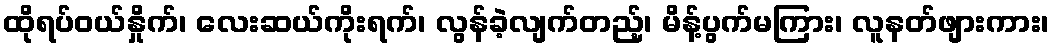
ထိုရပ်ဝယ်နှိုက်၊ လေးဆယ်ကိုးရက်၊ လွန်ခဲ့လျက်တည့်၊ မိန့်ပွက်မကြား၊ လူနတ်ဖျားကား၊